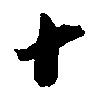
十